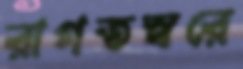
রাগতস্বরে